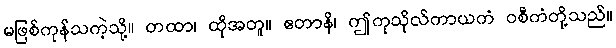
မဖြစ်ကုန်သကဲ့သို့။ တထာ၊ ထိုအတူ။ ဧတာနိ၊ ဤကုသိုလ်ကာယကံ ဝစီကံတို့သည်။